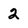
Character: 2